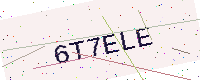
Text: 6T7ELE